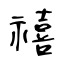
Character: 禧